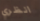
انظري